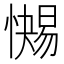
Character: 𱟐